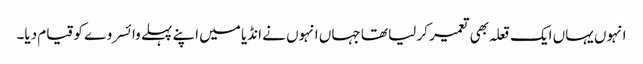
انہوں یہاں ایک قعلہ بھی تعمیر کر لیا تھا جہاں انہوں نے انڈیا میں اپنے پہلے وائسروے کو قیام دیا۔